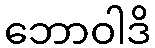
ဘောဝါဒိ